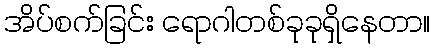
အိပ်စက်ခြင်း ရောဂါတစ်ခုခုရှိနေတာ။